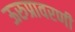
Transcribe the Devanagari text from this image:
ऊरुप्रावरणी